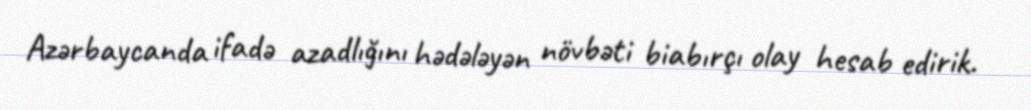
Azərbaycanda ifadə azadlığını hədələyən növbəti biabırçı olay hesab edirik.